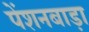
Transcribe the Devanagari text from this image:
पेंशनबाड़ा